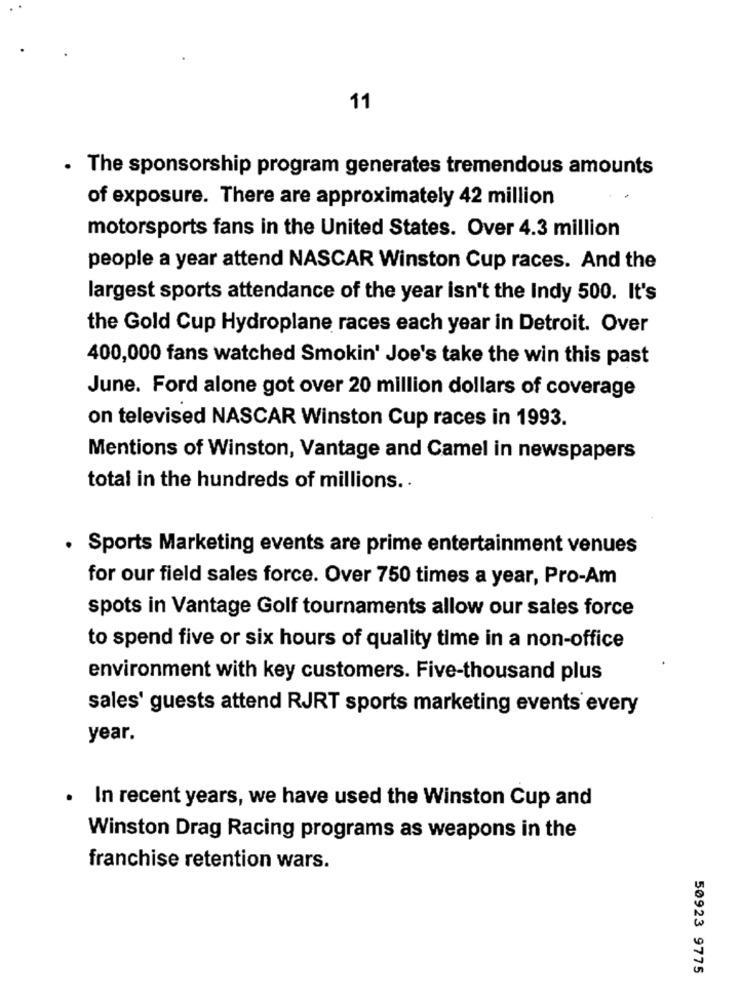
11
.
The sponsorship program generates tremendous amounts
of exposure. There are approximately 42 million
motorsports fans in the United States. Over 4.3 million
people a year attend NASCAR Winston Cup races. And the
largest sports attendance of the year isn't the Indy 500. It's
the Gold Cup Hydroplane races each year in Detroit. Over
400,000 fans watched Smokin' Joe's take the win this past
June. Ford alone got over 20 million dollars of coverage
on televised NASCAR Winston Cup races in 1993.
Mentions of Winston, Vantage and Camel in newspapers
total in the hundreds of millions ..
. Sports Marketing events are prime entertainment venues
for our field sales force. Over 750 times a year, Pro-Am
spots in Vantage Golf tournaments allow our sales force
to spend five or six hours of quality time in a non-office
environment with key customers. Five-thousand plus
sales' guests attend RJRT sports marketing events every
year.
. In recent years, we have used the Winston Cup and
Winston Drag Racing programs as weapons in the
franchise retention wars.
50923 9775